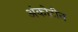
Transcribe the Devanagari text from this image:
अंकोटीन